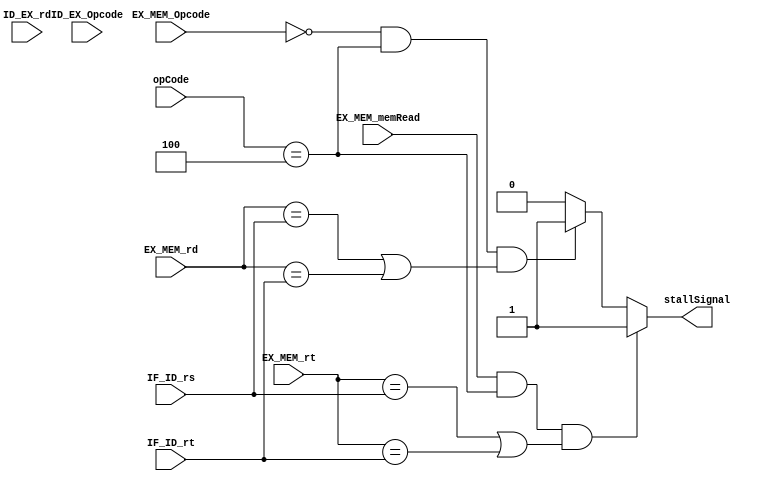
module StallControlBranch(EX_MEM_memRead,opCode,EX_MEM_Opcode,ID_EX_Opcode,EX_MEM_rt,IF_ID_rs,IF_ID_rt,EX_MEM_rd,ID_EX_rd,stallSignal);
	
	input EX_MEM_memRead;//if 1 then lw instruction is the one above the above instruction 			
	input [5:0]opCode,EX_MEM_Opcode,ID_EX_Opcode; //to check that the current instruction is beq,the prev. is R-type, before the prev is R-type
	input [4:0] EX_MEM_rt,IF_ID_rs,IF_ID_rt,EX_MEM_rd,ID_EX_rd;		
	output reg stallSignal;											 
	
	always@( EX_MEM_memRead or opCode or EX_MEM_rt or IF_ID_rs or IF_ID_rt or EX_MEM_Opcode or ID_EX_Opcode or EX_MEM_rd or ID_EX_rd)	
		begin 
			//$strobe($time,,"EX_MEM_memRead=%d,opCode=%d,EX_MEM_Opcode=%d,ID_EX_Opcode=%d,EX_MEM_rt=%d,IF_ID_rs=%d,IF_ID_rt=%d,EX_MEM_rd=%d,ID_EX_rd=%d,stallSignal=%d",EX_MEM_memRead,opCode,EX_MEM_Opcode,ID_EX_Opcode,EX_MEM_rt,IF_ID_rs,IF_ID_rt,EX_MEM_rd,ID_EX_rd,stallSignal);
			//in case of lw before beq but we considered there is nop after lw
			if(	EX_MEM_memRead && (opCode==4) && ( (EX_MEM_rt==IF_ID_rs) || (EX_MEM_rt==IF_ID_rt) )  )
				begin
					stallSignal=1;
					//$strobe($time,,"stallSignal=%d",stallSignal);
					//$display($time,,"case of lw before beq");
				end
			//in case of R-type before beq by one
			else if( (EX_MEM_Opcode==0)&& (opCode==4)&&( (EX_MEM_rd==IF_ID_rs) || (EX_MEM_rd==IF_ID_rt) ) ) 
				begin
					stallSignal=1; 
					//$display($time,,"R-type before beq by one");
				end			 
				//in case of R-type before beq by two
			/*else if(	(ID_EX_Opcode==0)&&(opCode==4) && ( (ID_EX_rd==IF_ID_rs) || (ID_EX_rd==IF_ID_rt) ) )
				begin
					stallSignal=1;
					$strobe($time,,"R-type before beq by two");
				end	*/
				
			else
				begin
					stallSignal=0;
				end
				
		end
			
endmodule